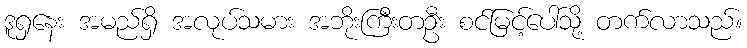
ဒူရှနေး အမည်ရှိ အလုပ်သမား အဘိုးကြီးတဦး စင်မြင့်ပေါ်သို့ တက်လာသည်။